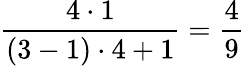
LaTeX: \frac{4\cdot 1}{(3-1)\cdot 4+1}=\frac{4}{9}